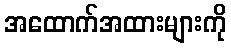
အထောက်အထားများကို